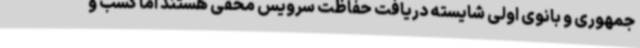
جمهوری و بانوی اولی شایسته دریافت حفاظت سرویس مخفی هستند اما کسب و